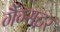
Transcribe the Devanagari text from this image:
गैंग्सटर